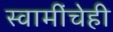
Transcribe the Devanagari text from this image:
स्वामींचेही